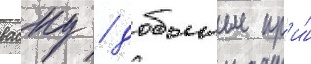
васку / добытые пр'и́